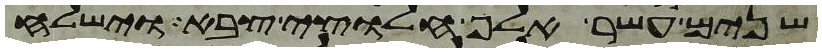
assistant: שנים עשר אלף חלוצי צבא וישלח